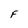
Character: F